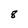
Character: 8